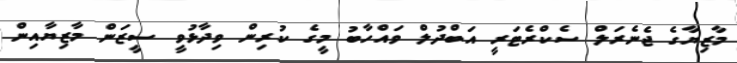
މާޒިޔާގެ ޖެނެރަލް ސެެކްރެޓަރީ އަބްދުލް ވައްހާބު މީގެ ކުރިން ވިދާޅުވީ ސީޒަން މާޒިޔާއިން